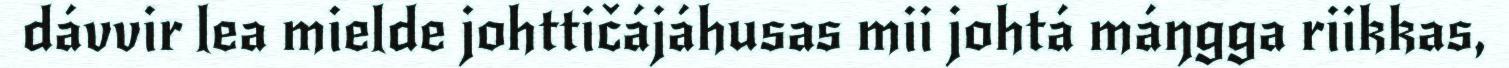
dávvir lea mielde johttičájáhusas mii johtá máŋgga riikkas,